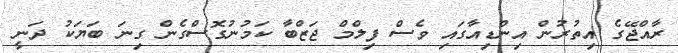
ރާއްޖޭގެ އިތުރުން އިންޑިއާގައި ވެސް ފިލްމް ޖަޒްބާ ކަމުނުގޮސްގެން ގިނަ ބަޔަކު ދަނީ